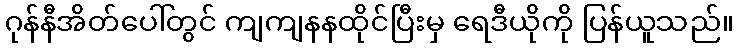
ဂုန်နီအိတ်ပေါ်တွင် ကျကျနနထိုင်ပြီးမှ ရေဒီယိုကို ပြန်ယူသည်။